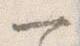
一